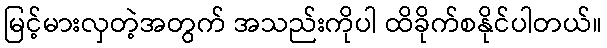
မြင့်မားလှတဲ့အတွက် အသည်းကိုပါ ထိခိုက်စနိုင်ပါတယ်။